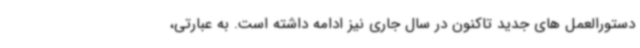
دستورالعمل های جدید تاکنون در سال جاری نیز ادامه داشته است. به عبارتی،